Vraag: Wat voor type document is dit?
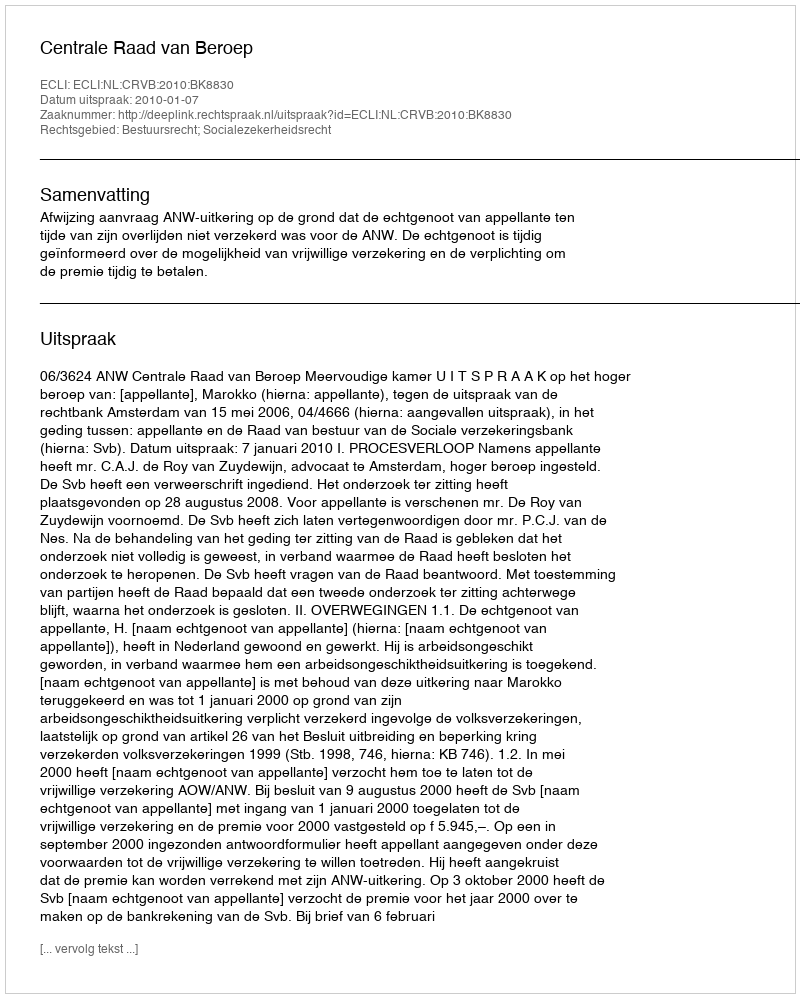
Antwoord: Uitspraak